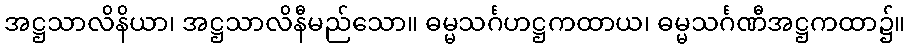
အဋ္ဌသာလိနိယာ၊ အဋ္ဌသာလိနီမည်သော။ ဓမ္မသင်္ဂဟဋ္ဌကထာယ၊ ဓမ္မသင်္ဂဏီအဋ္ဌကထာ၌။